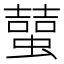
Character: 𧑭